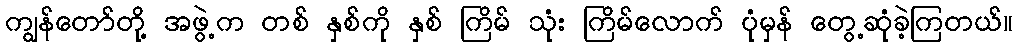
ကျွန်တော်တို့ အဖွဲ့က တစ် နှစ်ကို နှစ် ကြိမ် သုံး ကြိမ်လောက် ပုံမှန် တွေ့ဆုံခဲ့ကြတယ်။